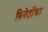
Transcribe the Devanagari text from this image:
मिनेटोंका